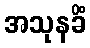
အသုနခိံ